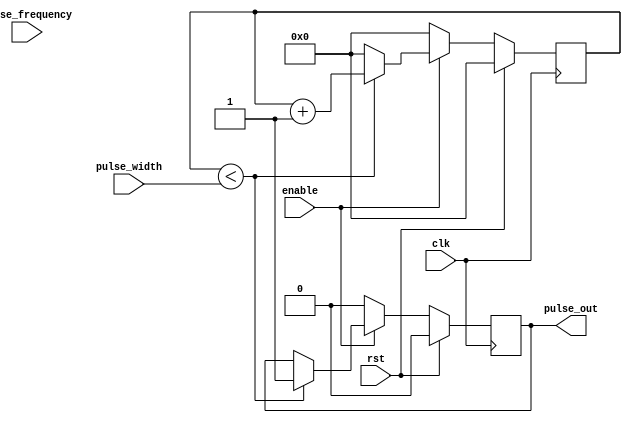
module pulse_generator (
    input wire clk,            // Clock input
    input wire rst,            // Reset input
    input wire enable,         // Enable input
    input wire [7:0] pulse_width,  // Pulse width control input
    input wire [7:0] pulse_frequency,  // Pulse frequency control input
    output reg pulse_out       // Output pulse signal
);

reg [7:0] count_width;        // Counter for pulse width
reg [7:0] count_frequency;    // Counter for pulse frequency

always @ (posedge clk) begin
    if (rst) begin
        count_width <= 8'd0;
        count_frequency <= 8'd0;
        pulse_out <= 1'b0;
    end else begin
        if (enable) begin
            if (count_width < pulse_width) begin
                count_width <= count_width + 8'd1;
                pulse_out <= 1'b1;
            end else begin
                count_width <= 8'd0;
                if (count_frequency < pulse_frequency) begin
                    count_frequency <= count_frequency + 8'd1;
                end else begin
                    count_frequency <= 8'd0;
                end
            end
        end else begin
            count_width <= 8'd0;
            count_frequency <= 8'd0;
            pulse_out <= 1'b0;
        end
    end
end

endmodule